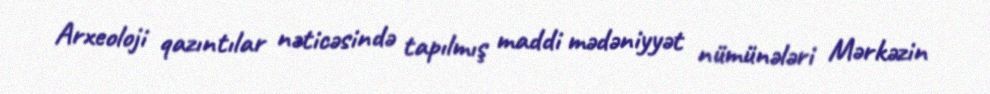
Arxeoloji qazıntılar nəticəsində tapılmış maddi mədəniyyət nümünələri Mərkəzin